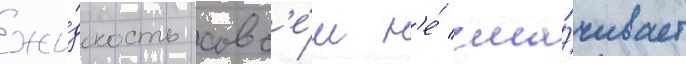
жи́дкость совс'е́м н'е́ сма́чивает